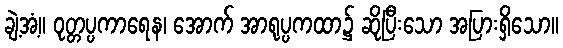
ချဲ့အံ့။ ဝုတ္တပ္ပကာရေန၊ အောက် အာရုပ္ပကထာ၌ ဆိုပြီးသော အပြားရှိသော။